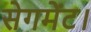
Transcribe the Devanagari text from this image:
सेगमेंट।